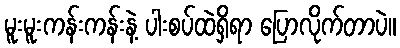
မူးမူးကန်းကန်းနဲ့ ပါးစပ်ထဲရှိရာ ပြောလိုက်တာပဲ။